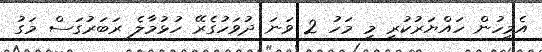
އެމީހުން ހައްޔަރުކުރީ މި މަހު 2 ވަނަ ދުވަހުގެރޭ ހުޅުމާލެ ރަބަރުގަސް މަގު